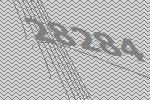
28284